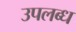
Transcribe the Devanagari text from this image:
उपलब्ध